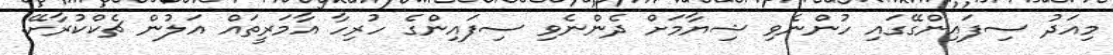
މިއަދު ސިފައިންގޭގައި ހުންނެވި ޝިޔާމަށް ދެންނެވި ސިފައިންގެ ހުރިހާ އާމަރީތައް އަލުން ޗެކްކުރާށޭ.